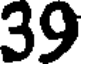
39